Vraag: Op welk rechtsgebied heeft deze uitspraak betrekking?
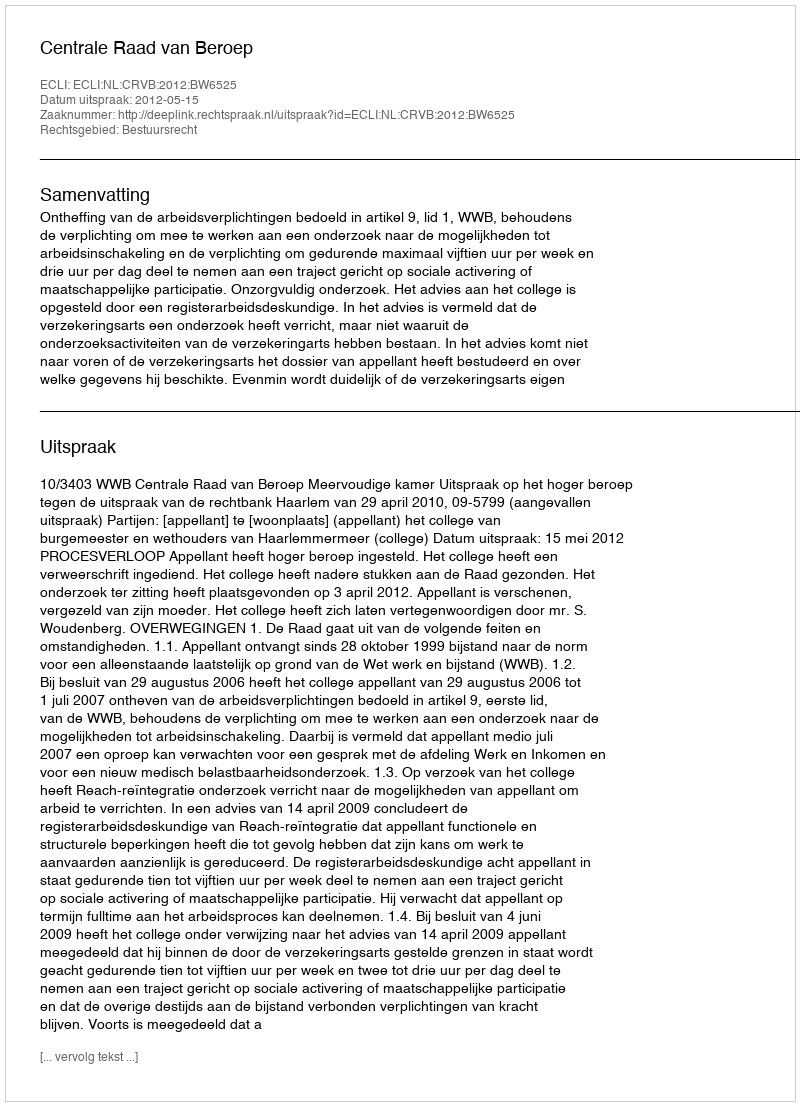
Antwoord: Bestuursrecht